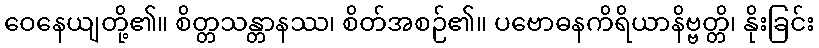
ဝေနေယျတို့၏။ စိတ္တသန္တာနဿ၊ စိတ်အစဉ်၏။ ပဗောဓနကိရိယာနိဗ္ဗတ္တိ၊ နိုးခြင်း